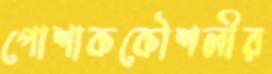
পোশাককৌশলীর